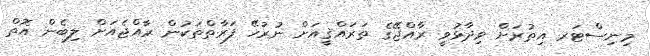
މިނިސްޓަރ އިތުރަށް ވިދާޅުވީ ރާއްޖޭގެ ތަރައްޤީއަށް ނުރުހޭ ފަރާތްތަކުން ރާއްޖެއަށް ލިބެން އޮތް